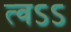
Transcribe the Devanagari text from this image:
त्वऽऽ